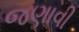
જણાવી